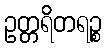
ဥတ္တရိတရဉ္စ